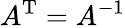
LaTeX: A^{\mathrm{T}}=A^{-1}